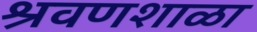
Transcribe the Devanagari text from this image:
श्रवणशाळा